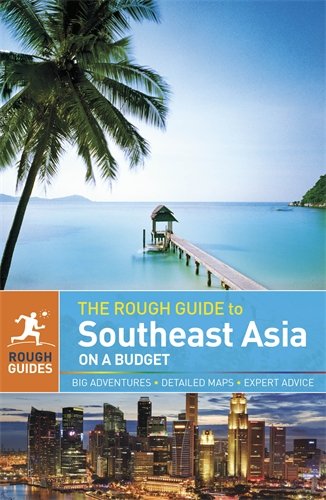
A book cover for The Rough Guide to Southeast Asia On A Budget; Rough Guides; Travel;